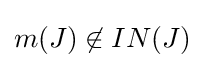
m(J)\not \in IN(J)